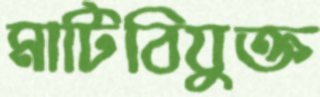
মাটিবিযুক্ত